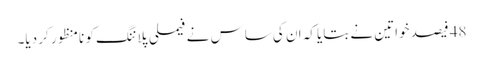
48 فیصد خواتین نے بتایا کہ ان کی ساس نے فیملی پلاننگ کو نامنظور کر دیا۔